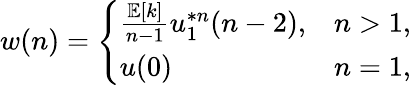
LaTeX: w(n)={\left\{ \begin{array}{ll}{{\frac{\mathbb{E}[k]}{n-1}}u_{1}^{*n}(n-2),}&{n>1,}\\ {u(0)}&{n=1,}\end{array}\right.}